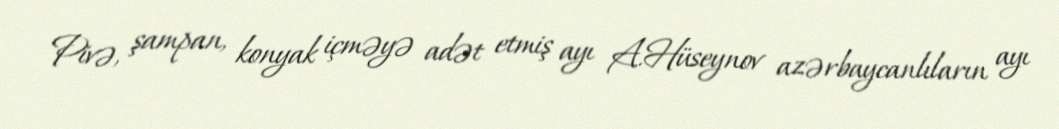
Pivə, şampan, konyak içməyə adət etmiş ayı A.Hüseynov azərbaycanlıların ayı